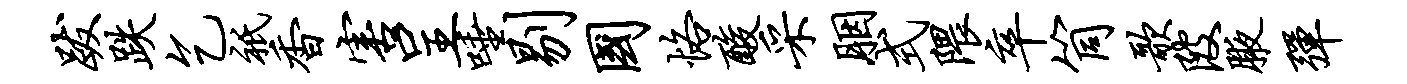
跋跌乞只香害呈唾剔国恪酸采胭式隈卒筒歌陂腋弹